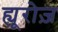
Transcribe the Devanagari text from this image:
ह्यूरोज़